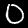
Digit: 0